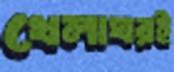
খেলাঘরই